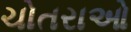
ચોતરાઓ